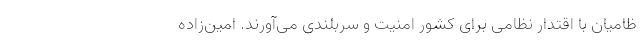
ظامیان با اقتدار نظامی برای کشور امنیت و سربلندی می‌آورند. امین‌زاده